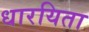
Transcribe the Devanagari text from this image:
धारयिता